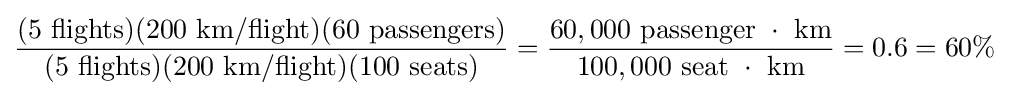
{\frac {(5\ {\text{flights}})(200\ {\text{km/flight}})(60\ {\text{passengers}})}{(5\ {\text{flights}})(200\ {\text{km/flight}})(100\ {\text{seats}})}}={\frac {60,000\ {\text{passenger }}\cdot {\text{ km}}}{100,000\ {\text{seat }}\cdot {\text{ km}}}}=0.6=60\%